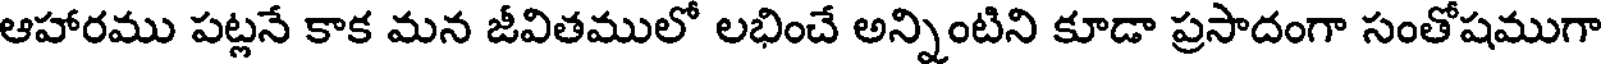
ఆహారము పట్లనే కాక మన జీవితములో లభించే అన్నింటిని కూడా ప్రసాదంగా సంతోషముగా